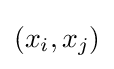
(x_{i},x_{j})